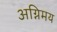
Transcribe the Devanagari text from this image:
अग्निमय